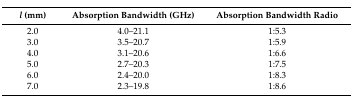
<table><thead><tr><td><b><i>l</i> (mm)</b></td><td><b>Absorption Bandwidth (GHz)</b></td><td><b>Absorption Bandwidth Radio</b></td></tr></thead><tbody><tr><td>2.0</td><td>4.0–21.1</td><td>1:5.3</td></tr><tr><td>3.0</td><td>3.5–20.7</td><td>1:5.9</td></tr><tr><td>4.0</td><td>3.1–20.6</td><td>1:6.6</td></tr><tr><td>5.0</td><td>2.7–20.3</td><td>1:7.5</td></tr><tr><td>6.0</td><td>2.4–20.0</td><td>1:8.3</td></tr><tr><td>7.0</td><td>2.3–19.8</td><td>1:8.6</td></tr></tbody></table>